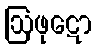
ဩဖုဋော